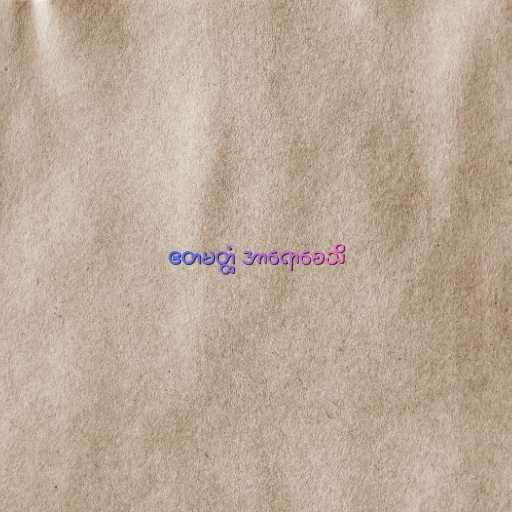
ဧတမတ္ထံ အာရောစေသိ